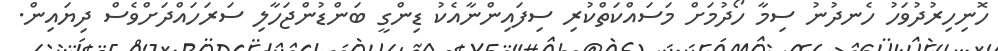
ހޮނިހިރުދުވަހު ހެނދުނު ސިމާ ހޯދުމަށް މަސައްކަތްކުރި ސިފައިންނާއެކު ޑިންގީ ބަންޑުންޖަހާލި ސަރަހައްދަށްވެސް ދިޔައިން.